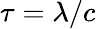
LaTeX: \tau=\lambda/c